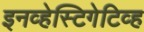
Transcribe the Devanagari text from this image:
इनव्हेस्टिगेटिव्ह